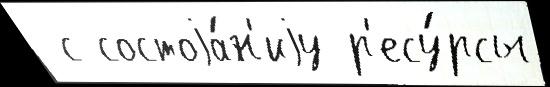
 с состоjа́н'иjу р'есу́рсы